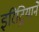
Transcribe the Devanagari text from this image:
इरिट्रियाने